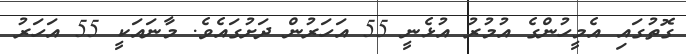
ގޮތުގައި އެމީހުންގެ އުމުރު އުޅެނީ 55 އަހަރުން ދަށުގައެވެ. މާނައަކީ 55 އަހަރު